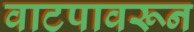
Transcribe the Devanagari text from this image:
वाटपावरून